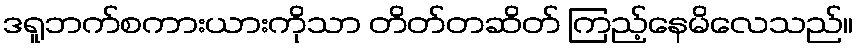
ဒရူဘက်စကားယားကိုသာ တိတ်တဆိတ် ကြည့်နေမိလေသည်။